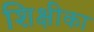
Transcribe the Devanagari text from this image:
शिक्षीका